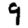
Digit: 9